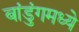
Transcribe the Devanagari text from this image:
बांडुंगमध्ये